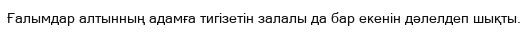
Ғалымдар алтынның адамға тигізетін залалы да бар екенін дәлелдеп шықты.